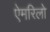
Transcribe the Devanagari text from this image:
ऐमरिलो